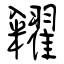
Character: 糴